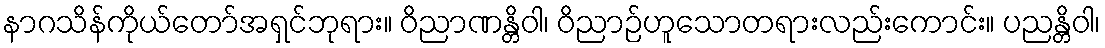
နာဂသိန်ကိုယ်တော်အရှင်ဘုရား။ ဝိညာဏန္တိဝါ၊ ဝိညာဉ်ဟူသောတရားလည်းကောင်း။ ပညန္တိဝါ၊